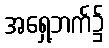
အရှေ့ဘက်၌